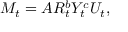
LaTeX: M _ { t } = A R _ { t } ^ { b } Y _ { t } ^ { c } U _ { t } ,